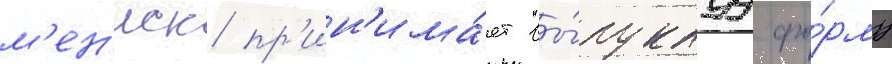
м'ен'иск пр'ин'има́ет вы́пуклуу фо́рму